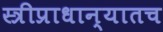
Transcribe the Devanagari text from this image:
स्त्रीप्राधान्यातच